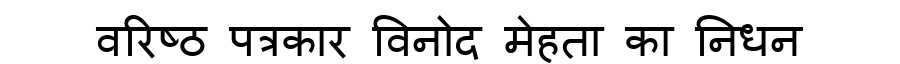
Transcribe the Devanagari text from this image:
वरिष्ठ पत्रकार विनोद मेहता का निधन